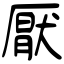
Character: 厭